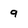
Character: 9